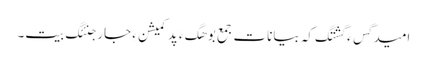
امید گِس ءَ گشتگ کہ بیانات جمع بوھگ ءَ پد کمیشن ءِ جار جنئگ بیت۔